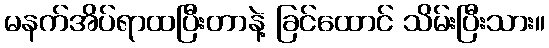
မနက်အိပ်ရာထပြီးတာနဲ့ ခြင်ထောင် သိမ်းပြီးသား။